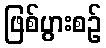
ဖြစ်ပွားစဉ်